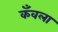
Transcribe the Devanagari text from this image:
कँवला